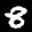
Label: 8